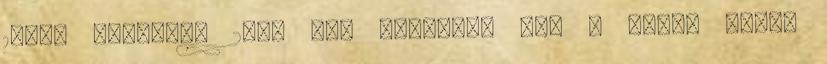
1999. december 28., Los Angeles, USA A VIHAR után,